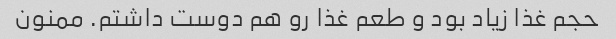
حجم غذا زیاد بود و طعم غذا رو هم دوست داشتم. ممنون